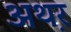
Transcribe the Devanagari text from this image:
अथ़र